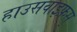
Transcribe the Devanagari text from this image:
हाउसवाइफ़स्